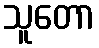
သူတော